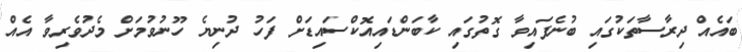
ބައެއް ދިރާސާތަކުގައި ބުނެފައިވާ ގޮތުގައި ކާބަންޑައިއޮކްސައިޑަށް ފަހު ދުނިޔެ ހޫނުވުމަށް މެދުވެރިވާ އެއް